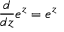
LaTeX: { \frac { d } { d z } } e ^ { z } = e ^ { z }